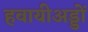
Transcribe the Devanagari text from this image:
हवायीअड्डों